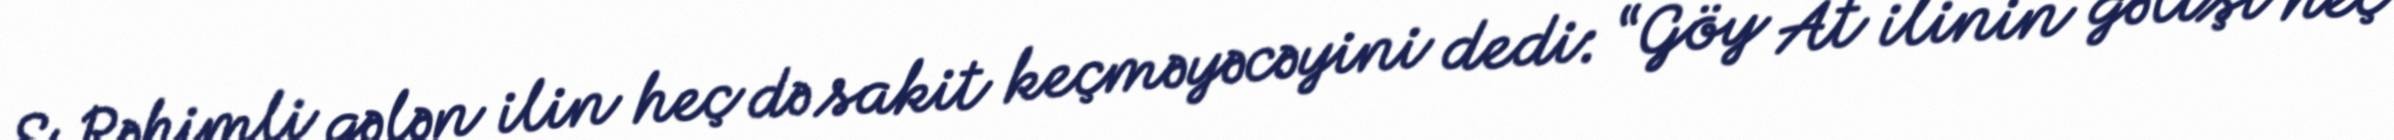
S.Rəhimli gələn ilin heç də sakit keçməyəcəyini dedi: “Göy At ilinin gəlişi heç